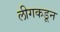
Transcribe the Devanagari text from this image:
लीगकडून